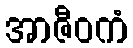
အာဇီဝကံ